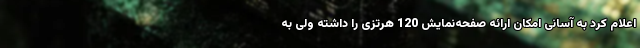
اعلام کرد به آسانی امکان ارائه صفحه‌نمایش 120 هرتزی را داشته ولی به